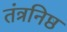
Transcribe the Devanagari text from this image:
तंत्रनिष्ठ